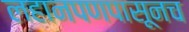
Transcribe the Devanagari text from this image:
लहानपणपासूनच